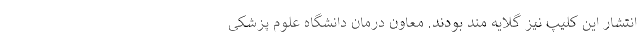
انتشار این کلیپ نیز گلایه مند بودند. معاون درمان دانشگاه علوم پزشکی